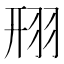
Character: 䍾